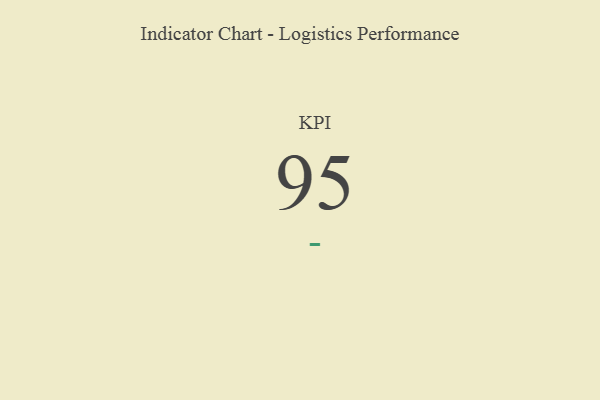
{"axis": {"x": "KPI", "y": "Value"}, "legend": [""], "data": [{"x": "KPI", "y": 95, "type": ""}]}